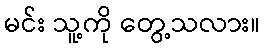
မင်း သူ့ကို တွေ့သလား။